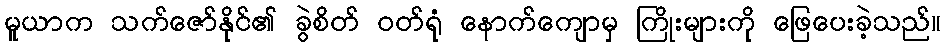
မူယာက သက်ဇော်နိုင်၏ ခွဲစိတ် ဝတ်ရုံ နောက်ကျောမှ ကြိုးများကို ဖြေပေးခဲ့သည်။